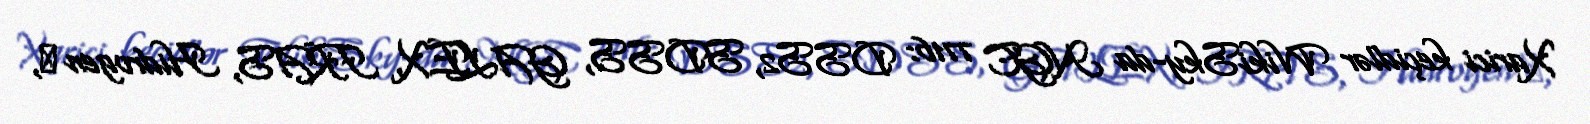
Xarici keçidlər WikiSky-da NGC 7716: DSS2, SDSS, GALEX, IRAS, Hidrogen α,